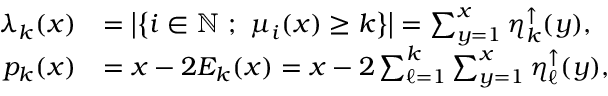
\begin{array} { r l } { \lambda _ { k } ( x ) } & { = \left| \left\{ i \in { \mathbb { N } } \ ; \ \mu _ { i } ( x ) \ge k \right\} \right| = \sum _ { y = 1 } ^ { x } \eta _ { k } ^ { \uparrow } ( y ) , } \\ { p _ { k } ( x ) } & { = x - 2 E _ { k } ( x ) = x - 2 \sum _ { \ell = 1 } ^ { k } \sum _ { y = 1 } ^ { x } \eta _ { \ell } ^ { \uparrow } ( y ) , } \end{array}